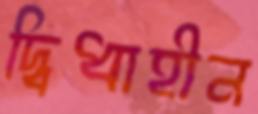
দ্বিধাহীন